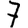
Digit: 7